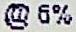
@ 6%